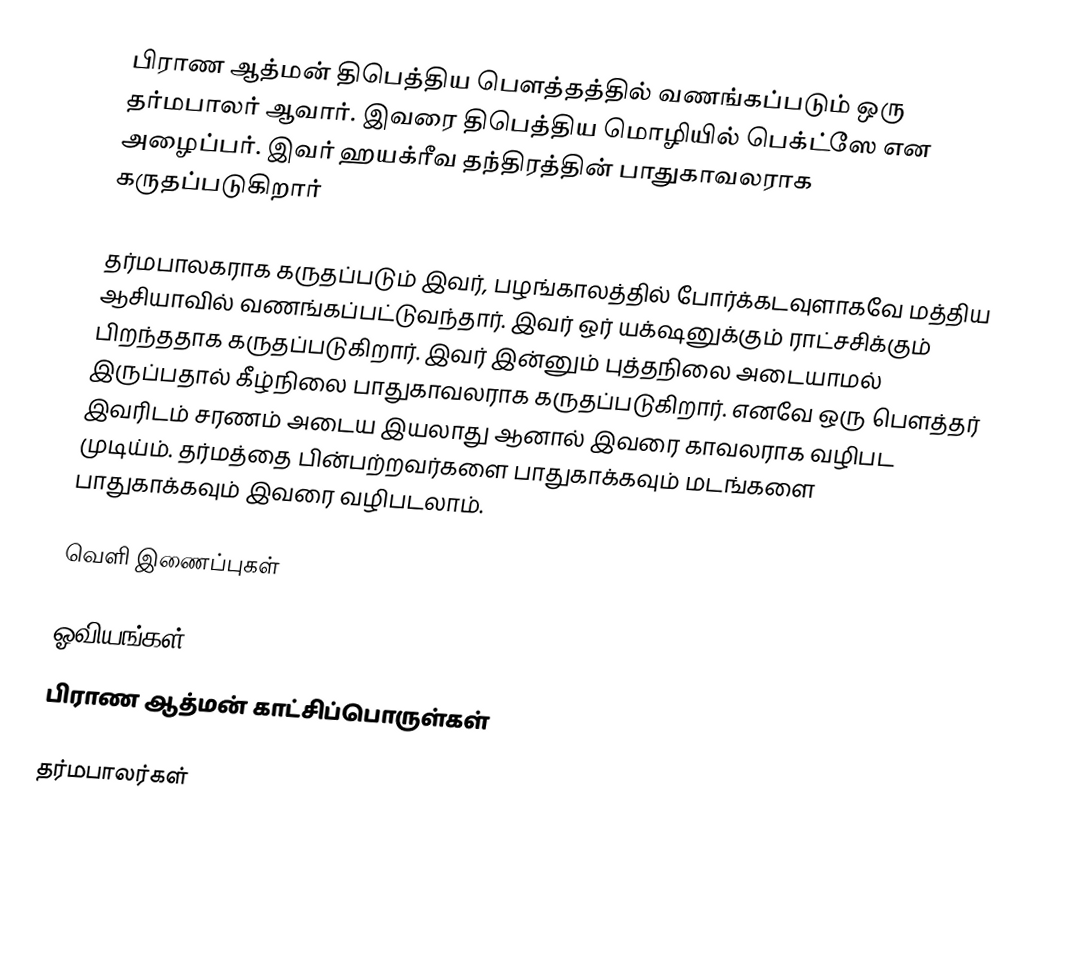
பிராண ஆத்மன் திபெத்திய பௌத்தத்தில் வணங்கப்படும் ஒரு தர்மபாலர் ஆவார். இவரை திபெத்திய மொழியில் பெக்ட்ஸே என அழைப்பர். இவர் ஹயக்ரீவ தந்திரத்தின் பாதுகாவலராக கருதப்படுகிறார்

தர்மபாலகராக கருதப்படும் இவர், பழங்காலத்தில் போர்க்கடவுளாகவே மத்திய ஆசியாவில் வணங்கப்பட்டுவந்தார். இவர் ஒர் யக்‌ஷனுக்கும் ராட்சசிக்கும் பிறந்ததாக கருதப்படுகிறார். இவர் இன்னும் புத்தநிலை அடையாமல் இருப்பதால் கீழ்நிலை பாதுகாவலராக கருதப்படுகிறார். எனவே ஒரு பௌத்தர் இவரிடம் சரணம் அடைய இயலாது ஆனால் இவரை காவலராக வழிபட முடிய்ம். தர்மத்தை பின்பற்றவர்களை பாதுகாக்கவும் மடங்களை பாதுகாக்கவும் இவரை வழிபடலாம்.

வெளி இணைப்புகள்

 ஓவியங்கள்
 பிராண ஆத்மன் காட்சிப்பொருள்கள்

தர்மபாலர்கள்